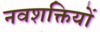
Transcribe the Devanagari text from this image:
नवशक्तियों